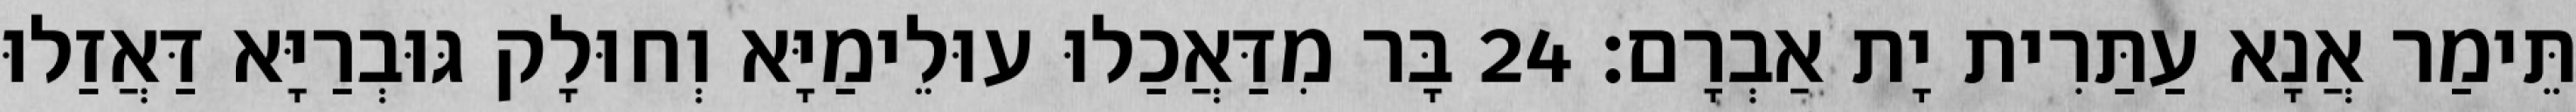
תֵּימַר אֲנָא עַתַּרִית יָת אַבְרָם׃ 24 בָּר מִדַּאֲכַלוּ עוּלֵימַיָּא וְחוּלָק גּוּבְרַיָּא דַּאֲזַלוּ